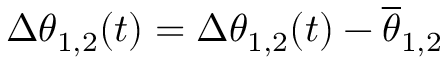
\Delta \theta _ { 1 , 2 } ( t ) = \Delta \theta _ { 1 , 2 } ( t ) - \overline { { \theta } } _ { 1 , 2 }